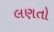
લણતો